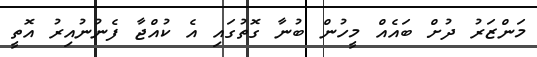
މަންޒަރު ދުށް ބައެއް މީހުން ބުނާ ގޮތުގައި އެ ކުއްޖާ ފެނުނުއިރު އޮތީ